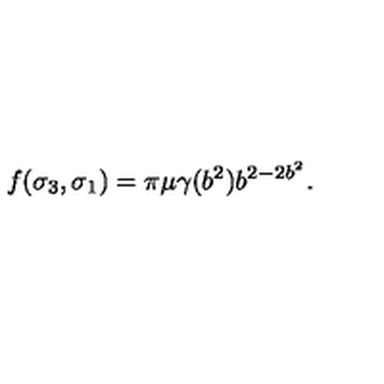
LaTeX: f ( \sigma _ { 3 } , \sigma _ { 1 } ) = \pi \mu \gamma ( b ^ { 2 } ) b ^ { 2 - 2 b ^ { 2 } } . \nonumber